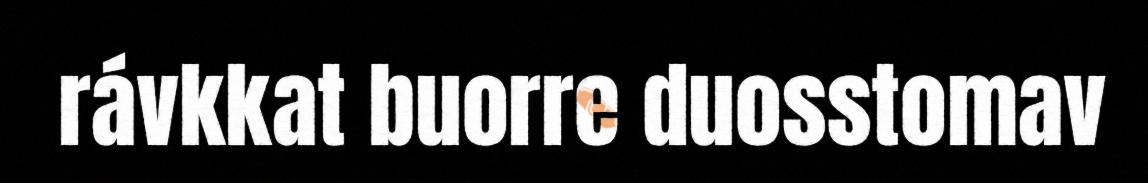
rávkkat buorre duosstomav